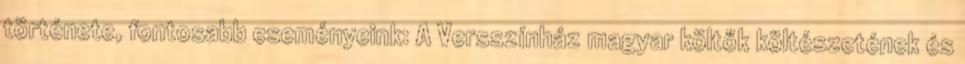
története, fontosabb eseményeink: A Versszínház magyar költők költészetének és